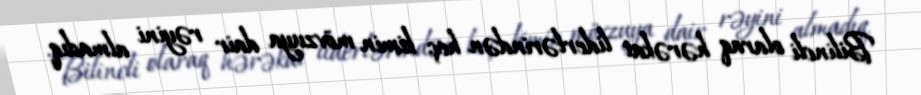
Bilincli olaraq hərəkat liderlərindən heç kimin mövzuya dair rəyini almadıq.